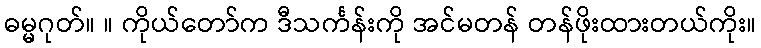
ဓမ္မဂုတ်။ ။ ကိုယ်တော်က ဒီသင်္ကန်းကို အင်မတန် တန်ဖိုးထားတယ်ကိုး။